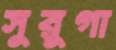
সুরুগা